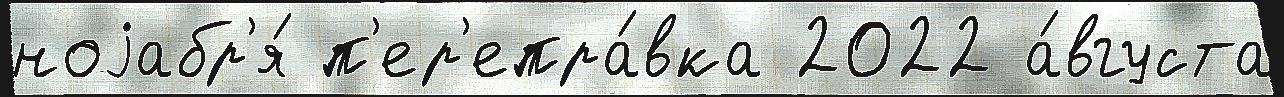
ноjабр'я́ п'ер'епра́вка 2022 а́вгуста